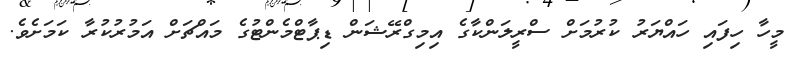
މީހާ ހިފައި ހައްޔަރު ކުރުމަށް ސްރީލަންކާގެ އިމިގްރޭޝަން ޑިޕާޓްމެންޓުގެ މައްޗަށް އަމުރުކުރާ ކަމަށެވެ.